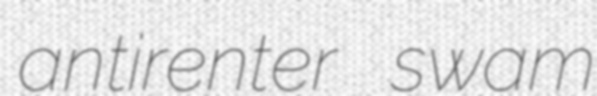
antirenter swam